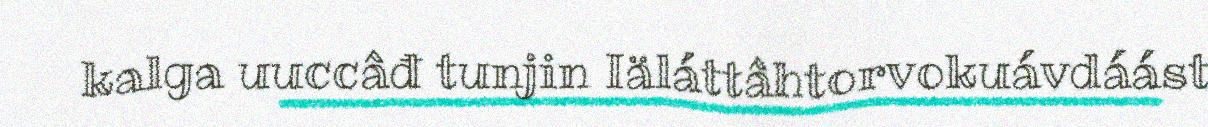
kalga uuccâđ tunjin Iäláttâhtorvokuávdáást